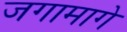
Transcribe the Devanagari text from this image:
जगामागे